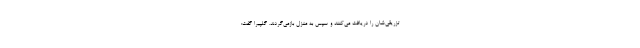
تزریقی‌شان را دریافت می‌کنند و سپس به منزل بازمی‌گردند. گلپیرا گفت: